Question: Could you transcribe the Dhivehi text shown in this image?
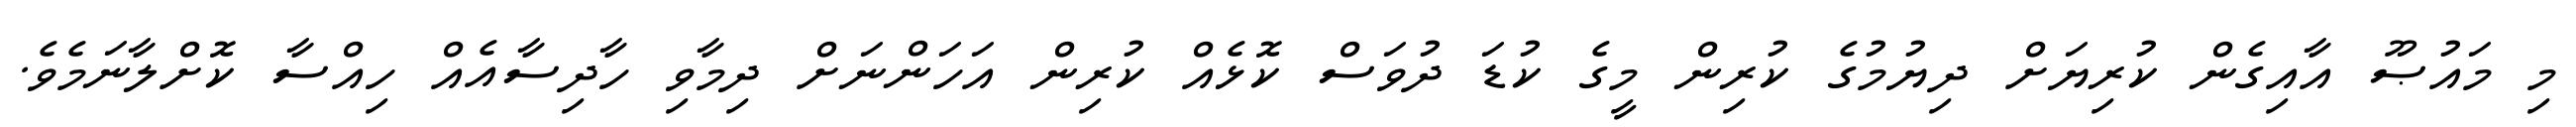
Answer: މި މައުޞޫ އާއިގެން ކުރިޔަށް ދިޔުމުގެ ކުރިން މީގެ ކުޑަ ދުވަސް ކޮޅެއް ކުރިން އަހަންނަށް ދިމާވި ހާދިސާއެއް ހިއްސާ ކޮށްލާނަމެވެ.